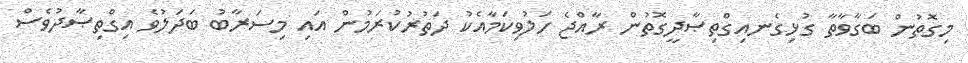
މިގޮތުން ބަގާވާތާ ގުޅިގެނއިގްތިޞާދީގޮތުން ރާއްޖެ ހަލުވިކަމާއެކު ދަތުރުކުރަމުން އައި މިސަރާބު ބަދަލުވެ އިގްތިޞާދުވެސް